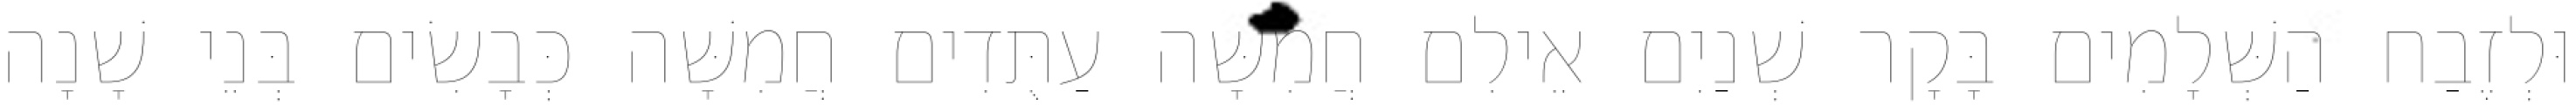
וּלְזֶבַח הַשְּׁלָמִים בָּקָר שְׁנַיִם אֵילִם חֲמִשָּׁה עַתֻּדִים חֲמִשָּׁה כְּבָשִׂים בְּנֵי שָׁנָה